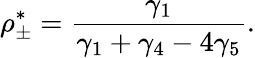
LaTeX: \rho_{\pm}^{*}=\frac{\gamma_{1}}{\gamma_{1}+\gamma_{4}-4\gamma_{5}}.